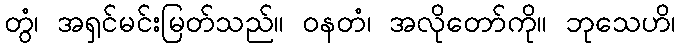
တွံ၊ အရှင်မင်းမြတ်သည်။ ဝနတံ၊ အလိုတော်ကို။ ဘုသေဟိ၊